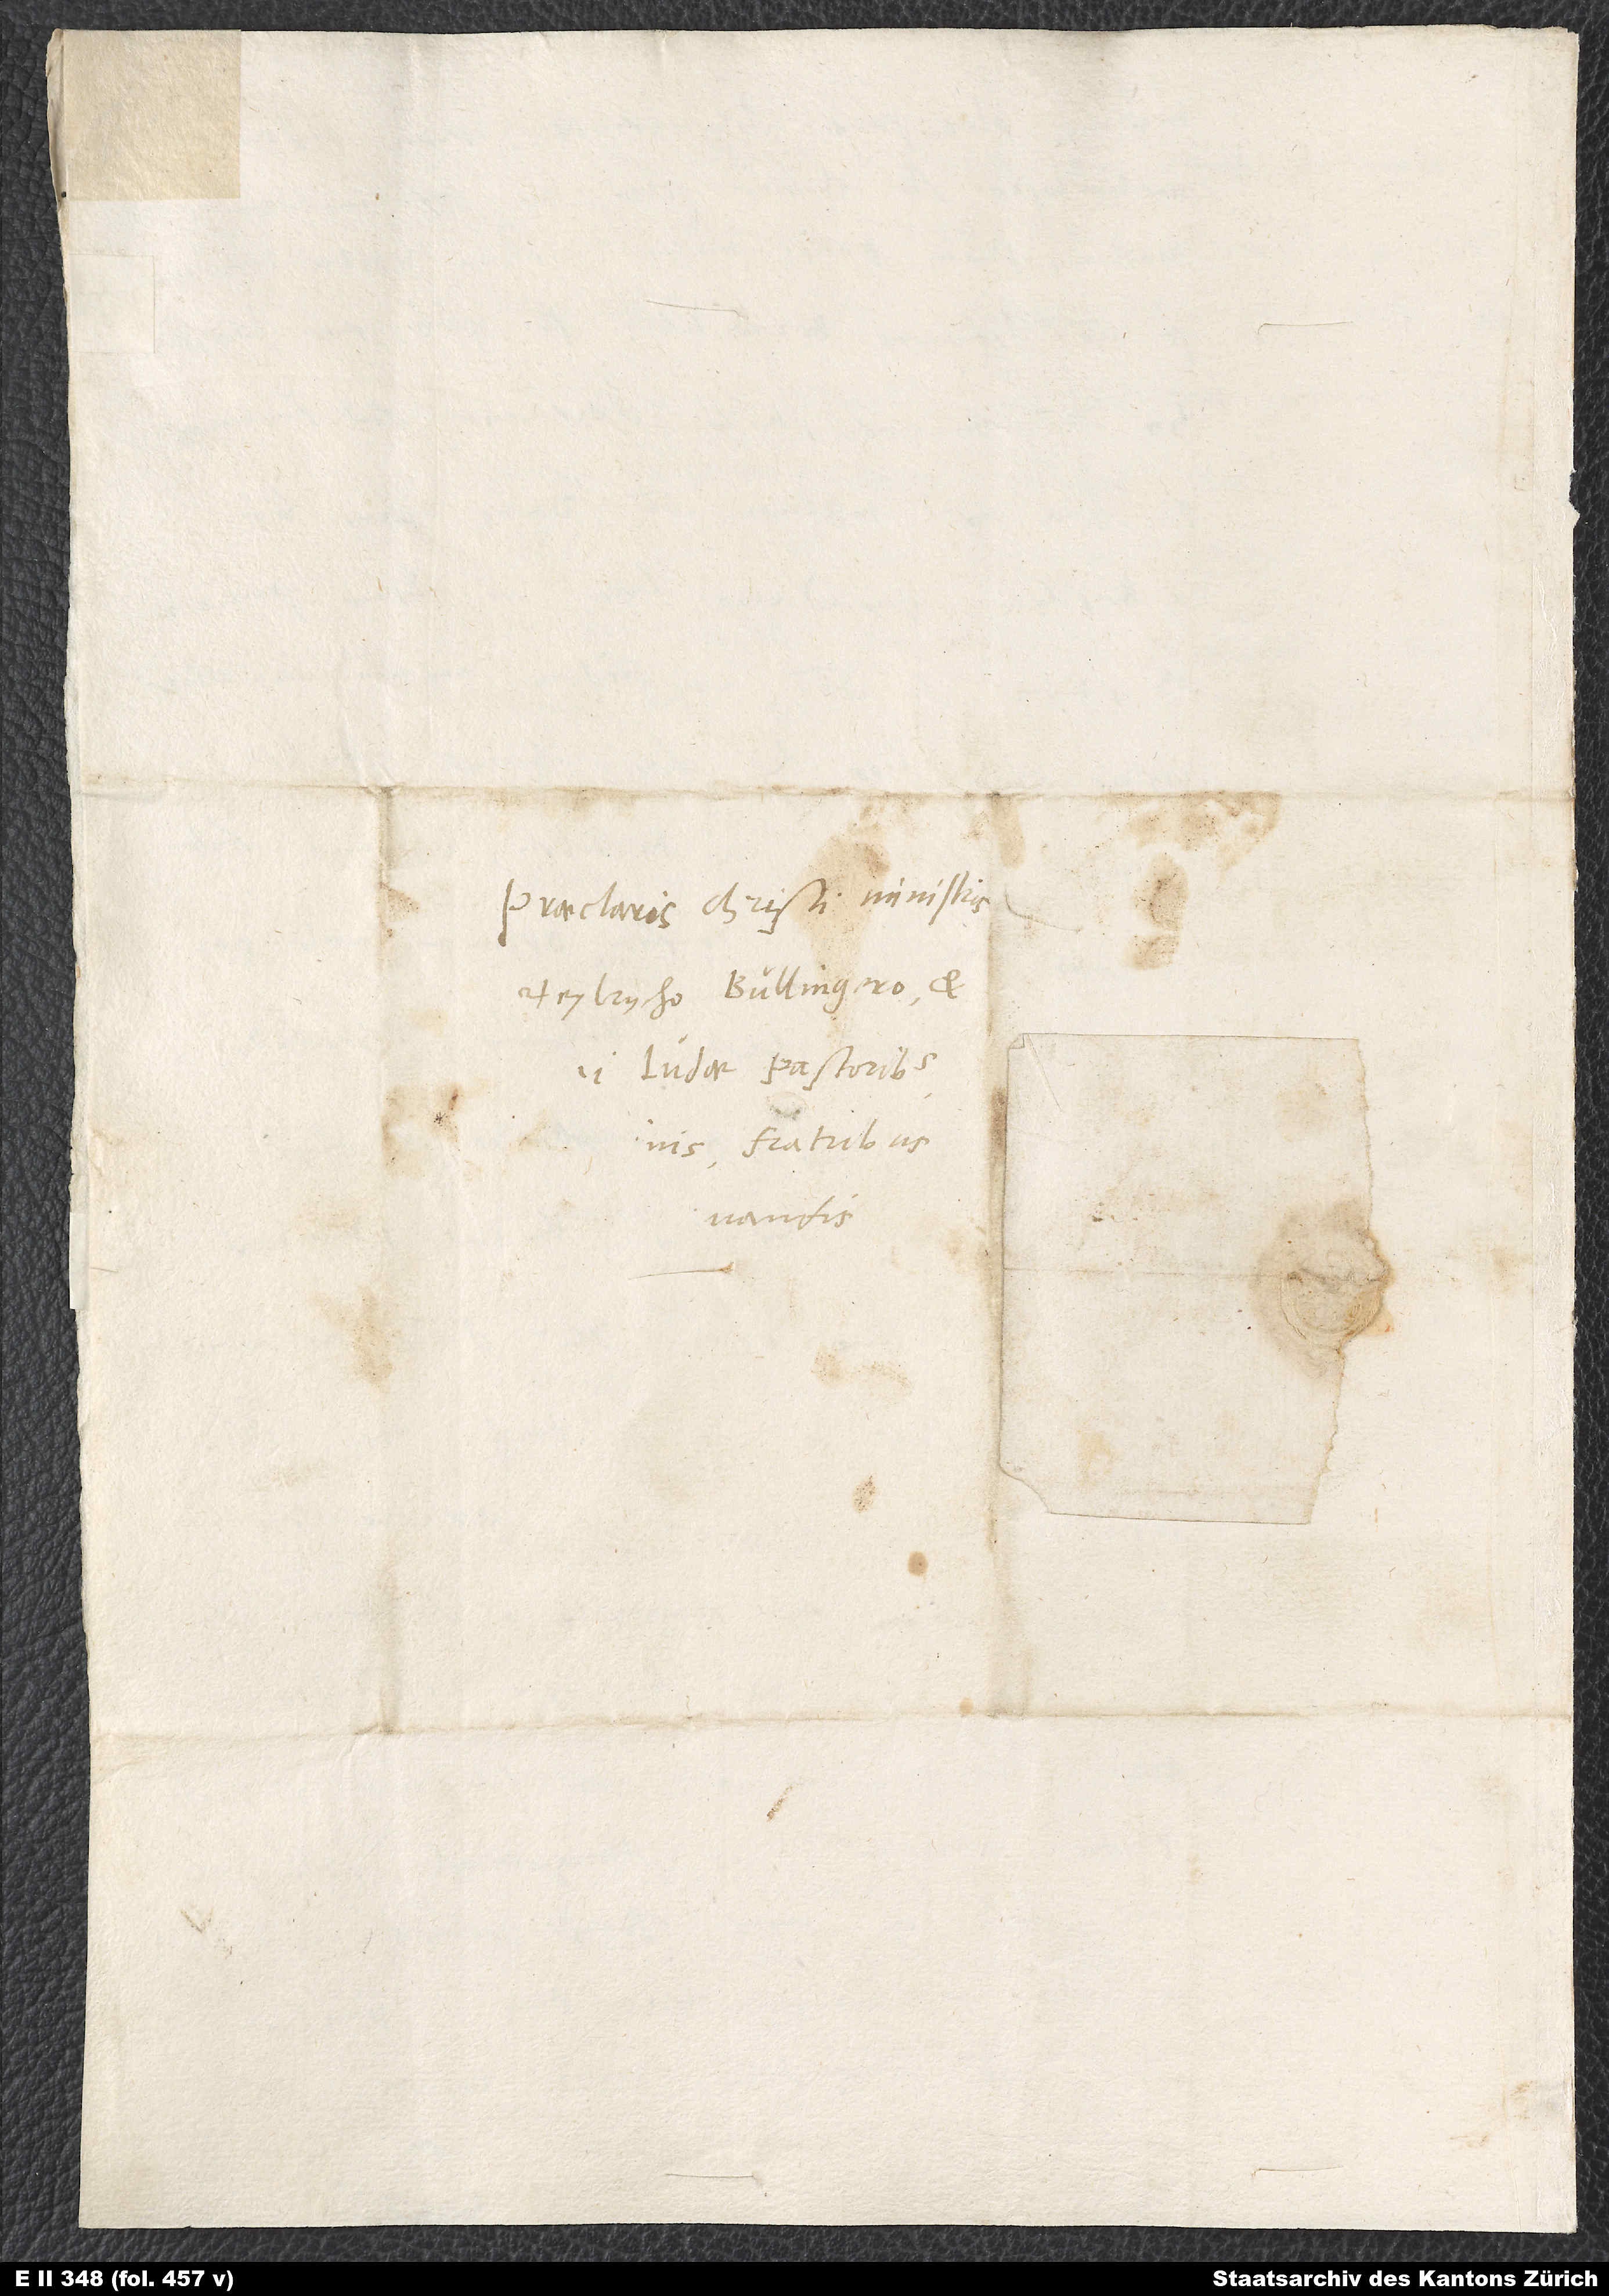
Praeclaris Christi ministris
Heylrycho Bullingero et
vandis.